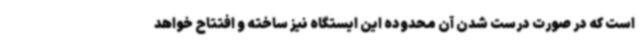
است که در صورت درست شدن آن محدوده این ایستگاه نیز ساخته و افتتاح خواهد